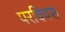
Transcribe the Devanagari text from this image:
परवियस